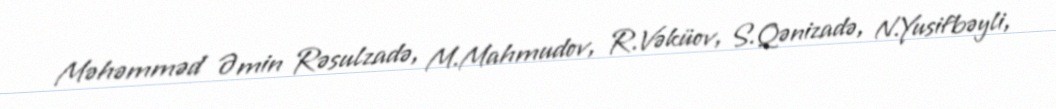
Məhəmməd Əmin Rəsulzadə, M.Mahmudov, R.Vəküov, S.Qənizadə, N.Yusifbəyli,